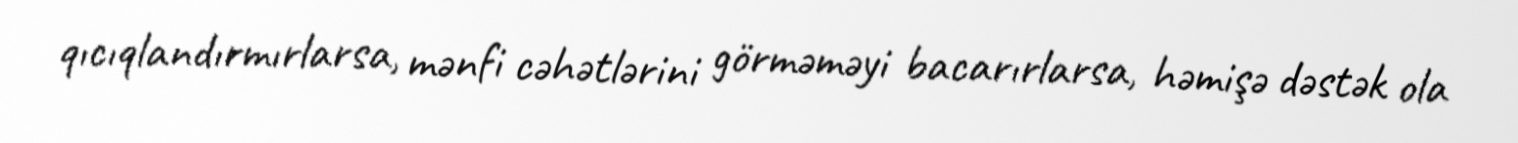
qıcıqlandırmırlarsa, mənfi cəhətlərini görməməyi bacarırlarsa, həmişə dəstək ola